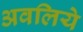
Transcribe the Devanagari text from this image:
अवलिये